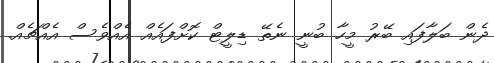
ދެން ބަލާފައި ބޭރު މީހާ ބުނީ ނެތޭ ޑިލީޓް ކޮށްފައެއް އެއްވެސް އެއްޗެއް.